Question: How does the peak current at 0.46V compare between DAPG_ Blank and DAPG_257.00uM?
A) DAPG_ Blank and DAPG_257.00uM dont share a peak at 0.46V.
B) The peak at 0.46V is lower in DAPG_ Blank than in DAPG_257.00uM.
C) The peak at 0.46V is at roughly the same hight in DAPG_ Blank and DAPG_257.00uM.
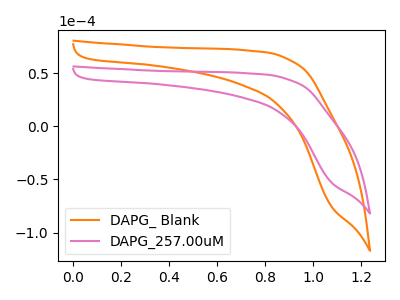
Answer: <think>The orange curve "DAPG_ Blank" has no peaks. The pink curve "DAPG_257.00uM" has no peaks.</think>
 <answer>A) "DAPG_ Blank" and "DAPG_257.00uM" dont share a peak at 0.46V.</answer>
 <eval>A</eval>